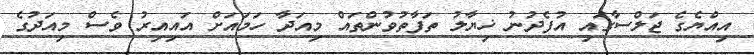
އިއްޔެގެ ޖަލްސާގައި އުފެދުނު ޚިޔާލު ތަފާތުވުންތައް މިއަދާ ހަމައަށް އައިއިރު ވެސް މިއަދުގެ